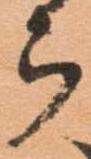
ら